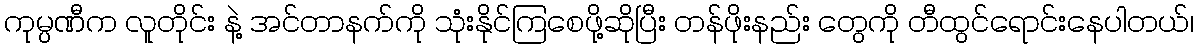
ကုမ္ပဏီက လူတိုင်း နဲ့ အင်တာနက်ကို သုံးနိုင်ကြစေဖို့ဆိုပြီး တန်ဖိုးနည်း တွေကို တီထွင်ရောင်းနေပါတယ်၊